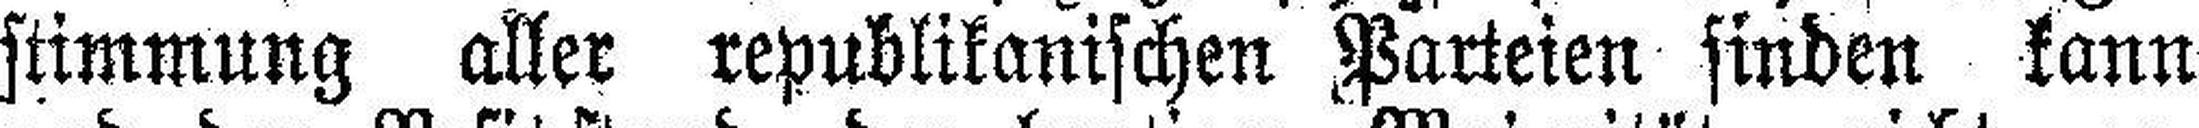
stimmung aller republikanischen Parteien sinden kann